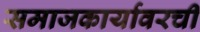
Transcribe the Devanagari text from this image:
समाजकार्यावरची